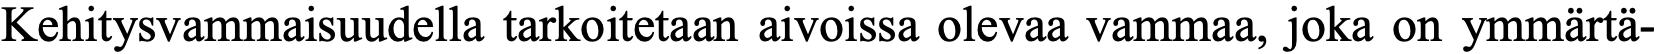
Kehitysvammaisuudella tarkoitetaan aivoissa olevaa vammaa, joka on ymmärtä-